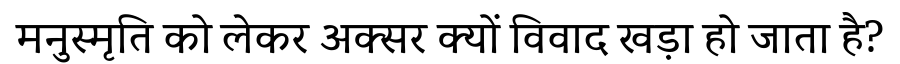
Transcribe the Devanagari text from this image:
मनुस्मृति को लेकर अक्सर क्यों विवाद खड़ा हो जाता है?